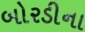
બોરડીના